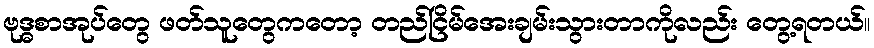
ဗုဒ္ဓစာအုပ်တွေ ဖတ်သူတွေကတော့ တည်ငြိမ်အေးချမ်းသွားတာကိုလည်း တွေ့ရတယ်။